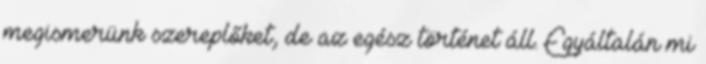
megismerünk szereplőket, de az egész történet áll. Egyáltalán mi